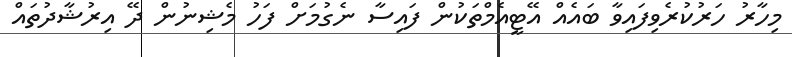
މިހާރު ހަރުކުރެވިފައިވާ ބައެއް އޭޓީއެމްތަކުން ފައިސާ ނެގުމަށް ފަހު މެޝިނުން ދޭ އިރުޝާދުތައް